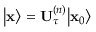
\big \vert \mathbf { x } \big \rangle = \mathbf { U } _ { \tau } ^ { \left( n \right) } \big \vert \mathbf { x } _ { 0 } \big \rangle